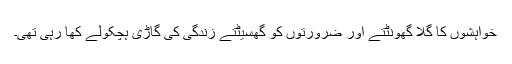
خواہشوں کا گلا گھونٹتے اور ضرورتوں کو گھسیٹتے زندگی کی گاڑی ہچکولے کھا رہی تھی۔